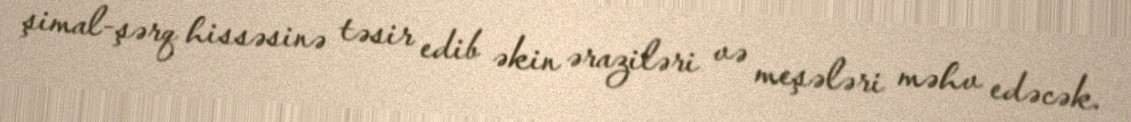
şimal-şərq hissəsinə təsir edib əkin əraziləri və meşələri məhv edəcək.